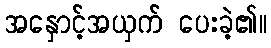
အနှောင့်အယှက် ပေးခဲ့၏။